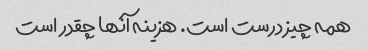
همه چیز درست است. هزینه آنها چقدر است